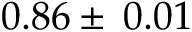
0 . 8 6 \pm \: 0 . 0 1